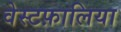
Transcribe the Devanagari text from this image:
वेस्टफ़ालिया